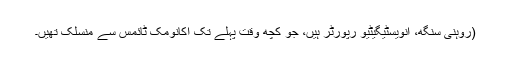
(روہنی سنگھ، انویسٹیگیٹیو رپورٹر ہیں، جو کچھ وقت پہلے تک اکانومک ٹائمس سے منسلک تھیں۔